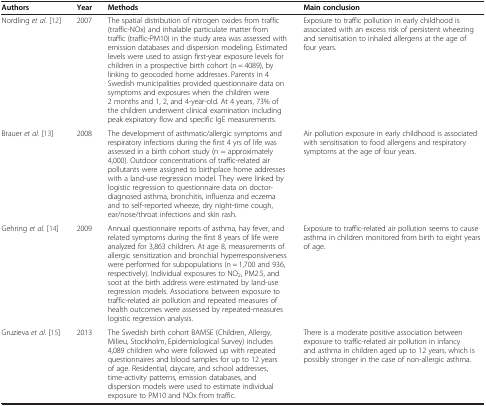
<table><thead><tr><td><b>Authors</b></td><td><b>Year</b></td><td><b>Methods</b></td><td><b>Main conclusion</b></td></tr></thead><tbody><tr><td>Nordling <i>et al</i>. [12]</td><td>2007</td><td>The spatial distribution of nitrogen oxides from traffic (traffic-NOx) and inhalable particulate matter from traffic (traffic-PM10) in the study area was assessed with emission databases and dispersion modeling. Estimated levels were used to assign first-year exposure levels for children in a prospective birth cohort (n = 4089), by linking to geocoded home addresses. Parents in 4 Swedish municipalities provided questionnaire data on symptoms and exposures when the children were 2 months and 1, 2, and 4-year-old. At 4 years, 73% of the children underwent clinical examination including peak expiratory flow and specific IgE measurements.</td><td>Exposure to traffic pollution in early childhood is associated with an excess risk of persistent wheezing and sensitisation to inhaled allergens at the age of four years.</td></tr><tr><td>Brauer <i>et al</i>. [13]</td><td>2008</td><td>The development of asthmatic/allergic symptoms and respiratory infections during the first 4 yrs of life was assessed in a birth cohort study (n = approximately 4,000). Outdoor concentrations of traffic-related air pollutants were assigned to birthplace home addresses with a land-use regression model. They were linked by logistic regression to questionnaire data on doctor-diagnosed asthma, bronchitis, influenza and eczema and to self-reported wheeze, dry night-time cough, ear/nose/throat infections and skin rash.</td><td>Air pollution exposure in early childhood is associated with sensitisation to food allergens and respiratory symptoms at the age of four years.</td></tr><tr><td>Gehring <i>et al</i>. [14]</td><td>2009</td><td>Annual questionnaire reports of asthma, hay fever, and related symptoms during the first 8 years of life were analyzed for 3,863 children. At age 8, measurements of allergic sensitization and bronchial hyperresponsiveness were performed for subpopulations (n = 1,700 and 936, respectively). Individual exposures to NO<sub>2</sub>, PM2.5, and soot at the birth address were estimated by land-use regression models. Associations between exposure to traffic-related air pollution and repeated measures of health outcomes were assessed by repeated-measures logistic regression analysis.</td><td>Exposure to traffic-related air pollution seems to cause asthma in children monitored from birth to eight years of age.</td></tr><tr><td>Gruzieva <i>et al</i>. [15]</td><td>2013</td><td>The Swedish birth cohort BAMSE (Children, Allergy, Milieu, Stockholm, Epidemiological Survey) includes 4,089 children who were followed up with repeated questionnaires and blood samples for up to 12 years of age. Residential, daycare, and school addresses, time-activity patterns, emission databases, and dispersion models were used to estimate individual exposure to PM10 and NOx from traffic.</td><td>There is a moderate positive association between exposure to traffic-related air pollution in infancy and asthma in children aged up to 12 years, which is possibly stronger in the case of non-allergic asthma.</td></tr></tbody></table>